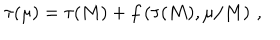
\tau ( \mu ) = \tau ( M ) + f \left( \tau ( M ) , \mu / M \right) \, ,